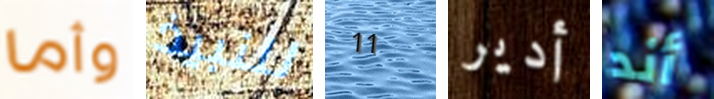
وأما للنبيذ 11 أدير أند